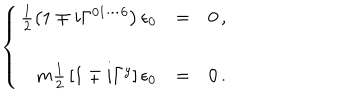
\left\{ \begin{array} { r c l } { { \frac { 1 } { 2 } \left( 1 \mp i \Gamma ^ { 0 1 \cdots 6 } \right) \epsilon _ { 0 } } } & { { = } } & { { 0 \, , } } \\ { { } } & { { } } & { { } } \\ { { m { \textstyle \frac { 1 } { 2 } } \left[ 1 \mp i \Gamma ^ { y } \right] \epsilon _ { 0 } } } & { { = } } & { { 0 \, . } } \\ \end{array} \right.